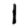
Digit: 1